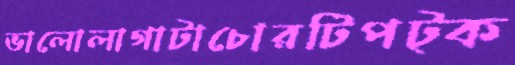
ভালোলাগাটাচোরটিপট্‌ক